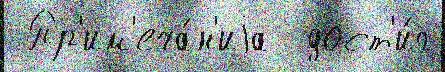
 Пр'им'еча́н'иjа  дост'и́г